Indian journal of veterinary science and animal husbandry - Volumes 22-23, 1952-1953
Year: 1952
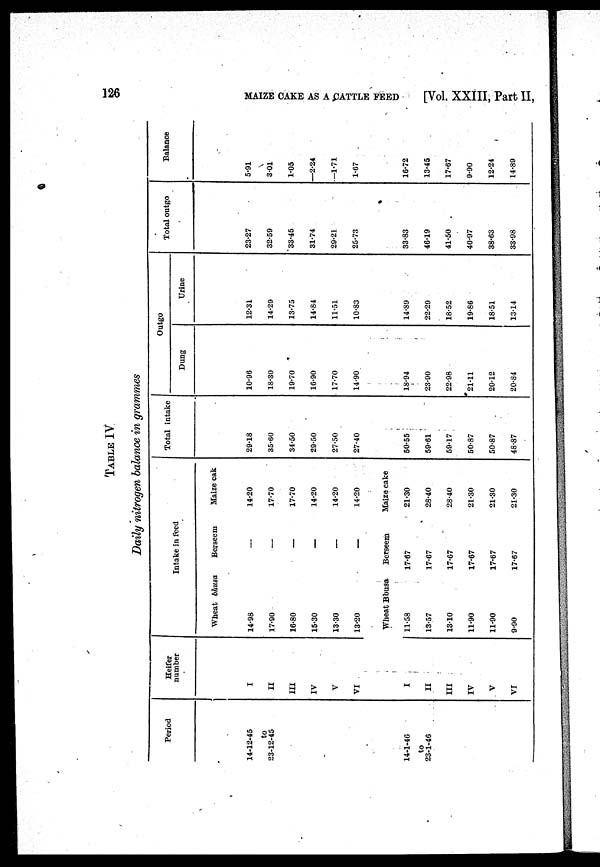
126
MAIZE CAKE AS A CATTLE FEED
[Vol. XXIII, Part II
TABLE IV
Daily nitrogen balance in grammes
Period
14-12-45
to
23-12-45
14-1-46
to
23-1-46
Heifer
number
I
II
III
IV
V
VI
I
II
III
IV
V
VI
Intake in feed
Wheat bhusa
14.98
17.90
16.80
15.30
13.30
13.20
Wheat Bbusa
11.58
13.57
13.10
11.90
11.90
9.90
Berseem
—
—
—
—
—
—
Berseem
17.67
17.67
17.67
17.67
17.67
17.67
Maize cak
14.20
17.70
17.70
14.20
14.20
14.20
Maize cake
21.30
28.40
28.40
21.30
21.30
21.30
Total intake
29.18
35.60
34.50
29.50
27.50
27.40
50.55
59.61
59.17
50.87
50.87
48.87
Outgo
Dung
10.96
18.30
19.70
16.90
17.70
14.90
18.94
23.90
22.98
21.11
20.12
20.84
Urine
12.31
14.29
13.75
14.84
11.51
10.83
14.89
22.29
18.52
19.86
18.51
13.14
Total outgo
23.27
32.59
33.45
31.74
29.21
25.73
33.83
46.19
41.50
40.97
38.63
33.98
Balance
5.91
3.01
1.05
—2.24
—1.71
1.67
16.72
13.45
17.67
9.90
12.24
14.89